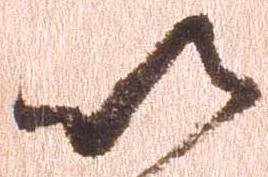
以